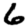
Digit: 6